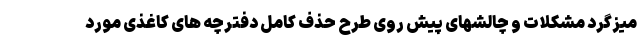
میزگرد مشکلات و چالشهای پیش روی طرح حذف کامل دفترچه های کاغذی مورد